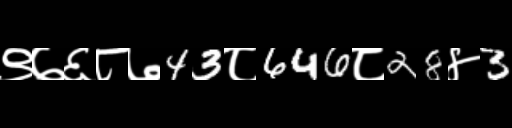
Text: ९७६८७43८646८28४3